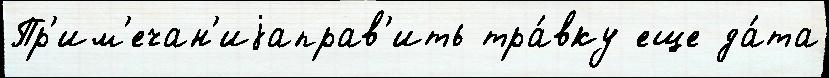
Пр'им'ечан'иjаправ'ить тра́вку еще да́та